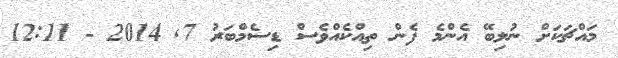
މައްޗަކަށް ނުލިބޭ އެންމެ ފެން ތިއްކެއްވެސް ޑިސެމްބަރު 7